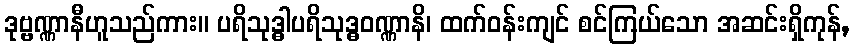
ဒုဗ္ဗဏ္ဏာနီဟူသည်ကား။ ပရိသုဒ္ဓါပရိသုဒ္ဓဝဏ္ဏာနိ၊ ထက်ဝန်းကျင် စင်ကြယ်သော အဆင်းရှိကုန်,